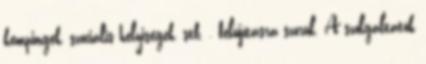
kempingek, szociális helyiségek, stb. , felújításra szorul. A szolgáltatók